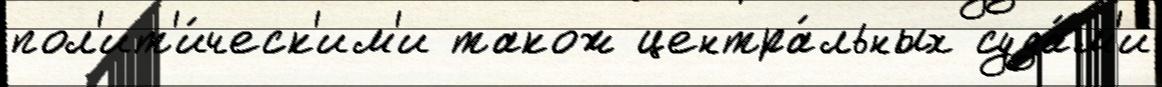
пол'ит'и́ческ'им'и також центра́льных суда́м'и